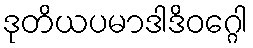
ဒုတိယပမာဒါဒိဝဂ္ဂေါ